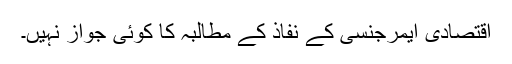
اقتصادی ایمرجنسی کے نفاذ کے مطالبہ کا کوئی جواز نہیں۔